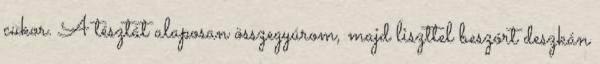
cukor. A tésztát alaposan összegyúrom, majd liszttel beszórt deszkán